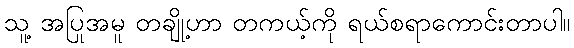
သူ့ အပြုအမူ တချို့ဟာ တကယ့်ကို ရယ်စရာကောင်းတာပါ။